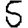
Digit: 5